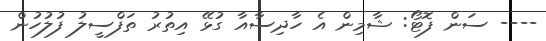
---- ސަން ފޮޓޯ: ޝާމިން އެ ހާދިސާއާ ގުޅޭ އިތުރު ތަފްސީލު ފުލުހުން